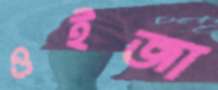
ওইজা